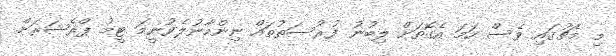
މި މެޗުގައި ވެސް ހަމަ އެގޮތަށް ލިބުނު ފުރުސަތުތައް ނިންމާނުލެވުނީމަ ޓީމު ޕްރެޝަރަށް